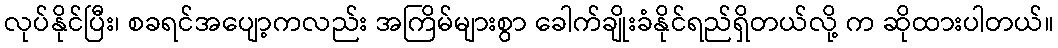
လုပ်နိုင်ပြီး၊ စခရင်အပျော့ကလည်း အကြိမ်များစွာ ခေါက်ချိုးခံနိုင်ရည်ရှိတယ်လို့ က ဆိုထားပါတယ်။